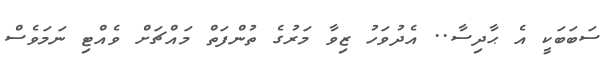
ސަބަބަކީ އެ ޙާދިސާ.. އެދުވަހު ޒިވާ މަރުގެ ތުންފަތް މައްޗަށް ވެއްޓި ނަމަވެސް